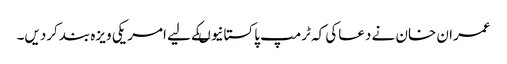
عمران خان نے دعاکی کہ ٹرمپ پاکستانیوںکے لیے امر یکی ویزہ بندکردیں۔